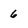
Character: 6